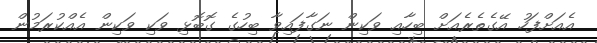
އެއަށްފަހު އޭގެތެރެއަށް ބިހާއި ވަކިން ނަގާފައިވާ ބިހުގެ ގޮބޮޅި ވަކި ވަކިން އެއްކުރަމުން